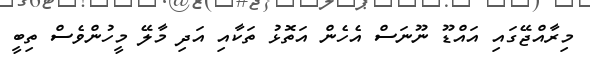
މިރާއްޖޭގައި އައްޑޫ ނޫނަސް އެހެން އަތޮޅު ތަކާއި އަދި މާލޭ މީހުންވެސް ތިބީ